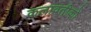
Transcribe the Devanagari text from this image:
कलावतीको